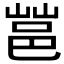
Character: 𰻩